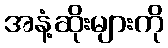
အနံ့ဆိုးများကို